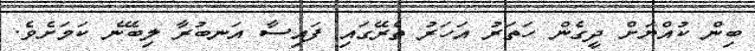
ބިން ކުއްޔަށް ދީގެން ހަތަރު އަހަރު ތެރޭގައި ފައިސާ އަނބުރާ ލިބޭނެ ކަމަށެވެ.